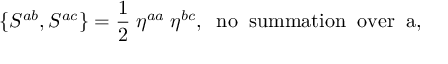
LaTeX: \{ S ^ { a b } , S ^ { a c } \} = \frac { 1 } { 2 } \; \eta ^ { a a } \; \eta ^ { b c } , \; \; \mathrm { n o \; \; s u m m a t i o n \; \; o v e r \; \; a } ,